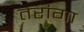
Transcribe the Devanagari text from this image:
तरांगा